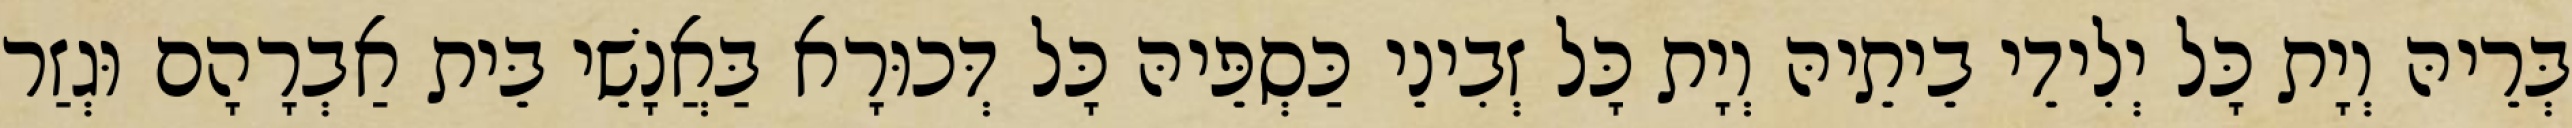
בְּרֵיהּ וְיָת כָּל יְלִידֵי בֵיתֵיהּ וְיָת כָּל זְבִינֵי כַּסְפֵּיהּ כָּל דְּכוּרָא בַּאֲנָשֵׁי בֵּית אַבְרָהָם וּגְזַר